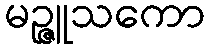
မဉ္ဇူသကော